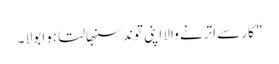
" کار سے اترنے والا اپنی توند سنبھالتا ہوا بولا ۔